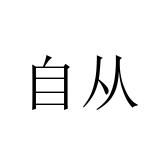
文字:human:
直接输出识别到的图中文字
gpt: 自从